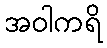
အဝါကရိ